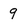
Character: 9